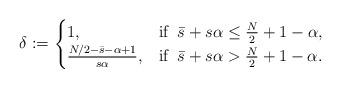
LaTeX: \begin{align*}\delta:=\begin{cases} 1, & \textrm{if}\;\; \bar{s}+ s\alpha \leq \frac{N}{2} +1 -\alpha, \\ \frac{N/2 -\bar{s} -\alpha +1}{s\alpha}, & \textrm{if}\;\; \bar{s} + s\alpha > \frac{N}{2} + 1-\alpha.\end{cases}\end{align*}